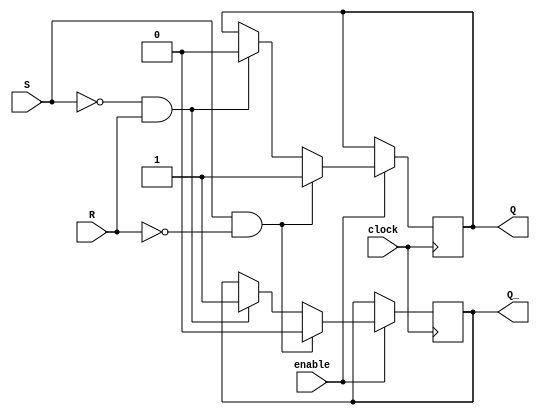
module Gated_SR_FF (
    input S,
    input R,
    input clock,
    input enable,
    output reg Q,
    output reg Q_
);

always @(posedge clock) begin
    if (enable) begin
        if (S && !R) begin
            Q <= 1'b1;
            Q_ <= 1'b0;
        end
        else if (!S && R) begin
            Q <= 1'b0;
            Q_ <= 1'b1;
        end
    end
end

endmodule